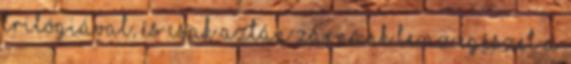
trilógiával, és csak aztán zárnánk le az egészet a